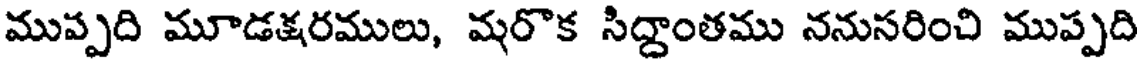
ముప్పది మూడక్షరములు, మరొక సిద్దాంతము ననుసరించి ముప్పది